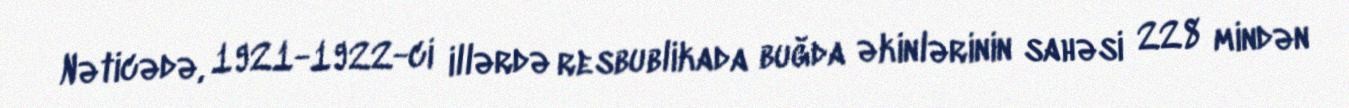
Nəticədə, 1921-1922-ci illərdə resbublikada buğda əkinlərinin sahəsi 228 mindən